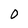
Character: 0